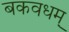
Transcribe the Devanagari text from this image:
बकवधम्